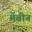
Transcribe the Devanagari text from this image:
मेंबीन